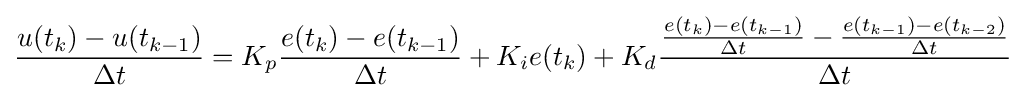
{\frac {u(t_{k})-u(t_{k-1})}{\Delta t}}=K_{p}{\frac {e(t_{k})-e(t_{k-1})}{\Delta t}}+K_{i}e(t_{k})+K_{d}{\frac {{\frac {e(t_{k})-e(t_{k-1})}{\Delta t}}-{\frac {e(t_{k-1})-e(t_{k-2})}{\Delta t}}}{\Delta t}}